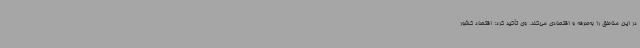
در این مناطق را به‌صرفه و اقتصادی می‌کند. وی تأکید کرد: اقتصاد کشور